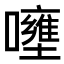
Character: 𡄐